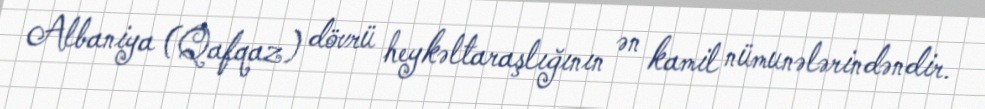
Albaniya (Qafqaz) dövrü heykəltaraşlığının ən kamil nümunələrindəndir.